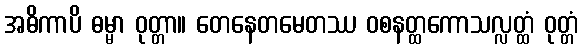
အဓိကာပိ ဓမ္မာ ဝုတ္တာ။ တေနေတမေတဿ ဝစနတ္ထကောသလ္လတ္ထံ ဝုတ္တံ